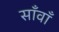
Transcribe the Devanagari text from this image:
साँवाँ